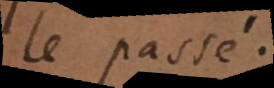
le passé.